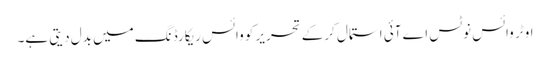
اوٹر وائس نوٹس اے آئی استمال کرکے تحریر کو وائس ریکارڈنگ میں بدل دیتی ہے۔